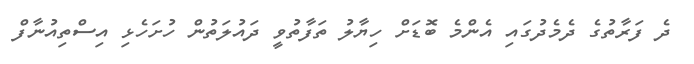
ދެ ފަރާތުގެ ދެމެދުގައި އެންމެ ބޮޑަށް ހިޔާލު ތަފާތުވީ ދައުލަތުން ހުށަހެޅި އިސްތިއުނާފް